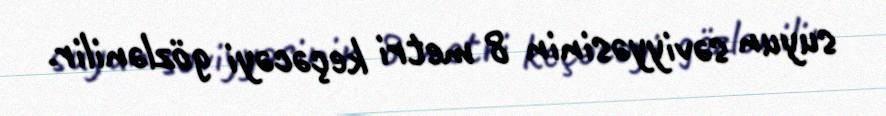
suyun səviyyəsinin 8 metri keçəcəyi gözlənilir.